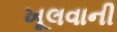
ખૂલવાની